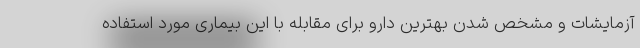
آزمایشات و مشخص شدن بهترین دارو برای مقابله با این بیماری مورد استفاده